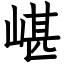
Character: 嵁